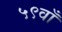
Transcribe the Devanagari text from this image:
५९वाँ